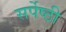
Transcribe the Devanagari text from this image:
सर्पेष्ठी